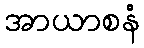
အာယာစနံ